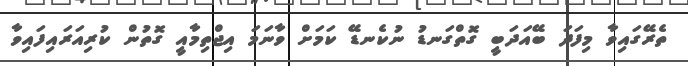
ތެރޭގައިވާ މިފަދަ ބޭއަދަބީ ގޮތްގަނޑު ނުކެނޑޭ ކަމަށް ވާނަމަ އިޖްތިމާއީ ގޮތުން ކުރިއަރައިފައިވާ